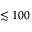
\lesssim 1 0 0